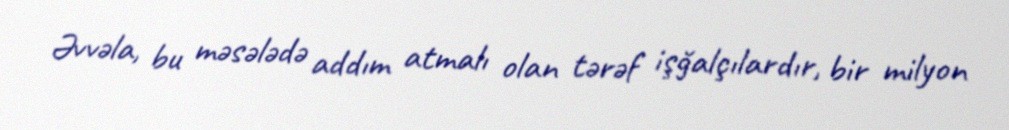
Əvvəla, bu məsələdə addım atmalı olan tərəf işğalçılardır, bir milyon